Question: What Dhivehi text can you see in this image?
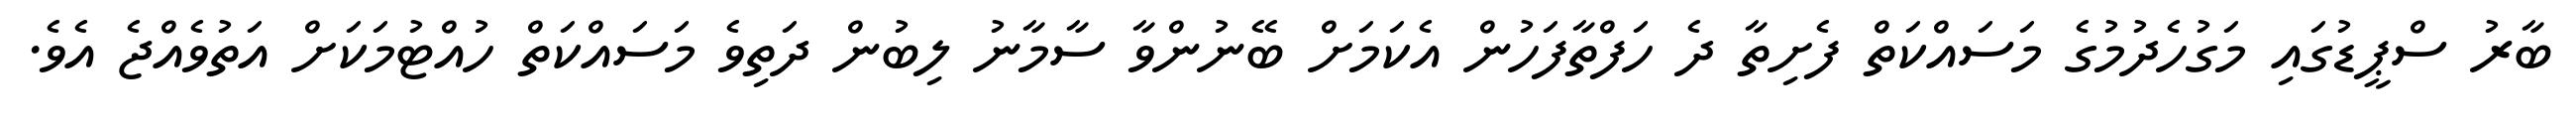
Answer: ބާރު ސްޕީޑުގައި މަގުހެދުމުގެ މަސައްކަތް ފެށިތާ ދެ ހަފްތާފަހުން އެކަމަށް ބޭނުންވާ ސާމާނު ލިބުން ދަތިވެ މަސައްކަތް ހުއްޓުމަކަށް އަތުވެއްޖެ އެވެ.